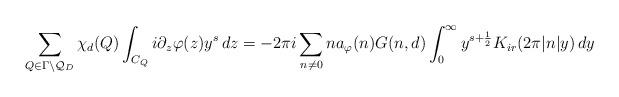
LaTeX: \begin{align*}\sum_{Q\in \Gamma\backslash \mathcal Q_D} \chi_d(Q) \int_{C_Q} i\partial_z\varphi(z) y^{s}\, dz = -2\pi i\sum_{n\neq 0}n a_\varphi(n) G(n,d) \int_0^\infty y^{s+\frac 12}K_{ir}(2\pi |n|y) \, dy\end{align*}